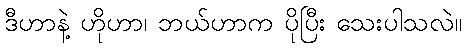
ဒီဟာနဲ့ ဟိုဟာ၊ ဘယ်ဟာက ပိုပြီး သေးပါသလဲ။